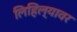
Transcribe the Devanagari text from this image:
लिहिल्यावर